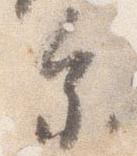
参